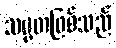
သမ္မတဖြစ်သည်